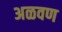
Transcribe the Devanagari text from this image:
अळवण